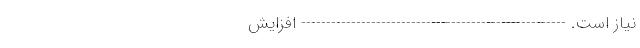
نیاز است. ----------------------------------------------------- افزایش